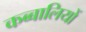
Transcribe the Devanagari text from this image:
कब्बालियों